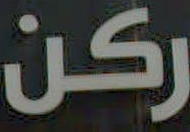
ركن